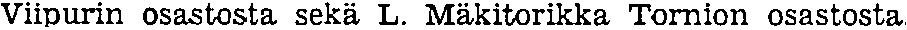
Viipurin osastosta sekä L. Mäkitorikka Tornion osastosta